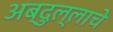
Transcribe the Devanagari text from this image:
अब्दुल्लाचे